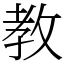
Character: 教